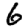
Digit: 6